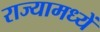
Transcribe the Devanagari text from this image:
राज्यामध्यें